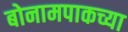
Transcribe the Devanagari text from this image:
बोनामपाकच्या